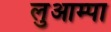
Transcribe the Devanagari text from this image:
लुआम्पा